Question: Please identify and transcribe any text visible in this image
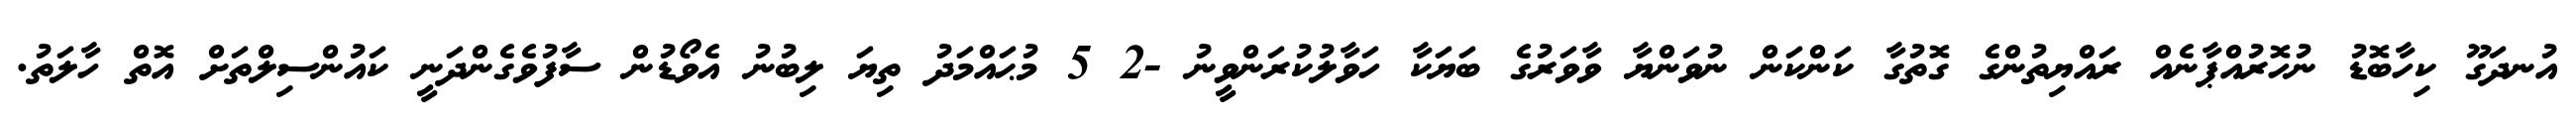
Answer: އުނދަގޫ ކިހާބޮޑު ނުހޮރުއްޕާނެއް ރައްޔިތުންގެ ގޮތުގާ ކަންކަން ނުވަންޔާ ވާވަރުގެ ބަޔަކާ ހަވާލުކުރަންވީނު -2 5 މުޙައްމަދު ތިޔަ ލިބުނު އެވޯޑުން ސާފުވެގެންދަނީ ކައުންސިލްތަށް އޮތް ހާލަތު.